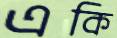
একি